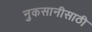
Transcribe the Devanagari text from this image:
नुकसानीसाठी